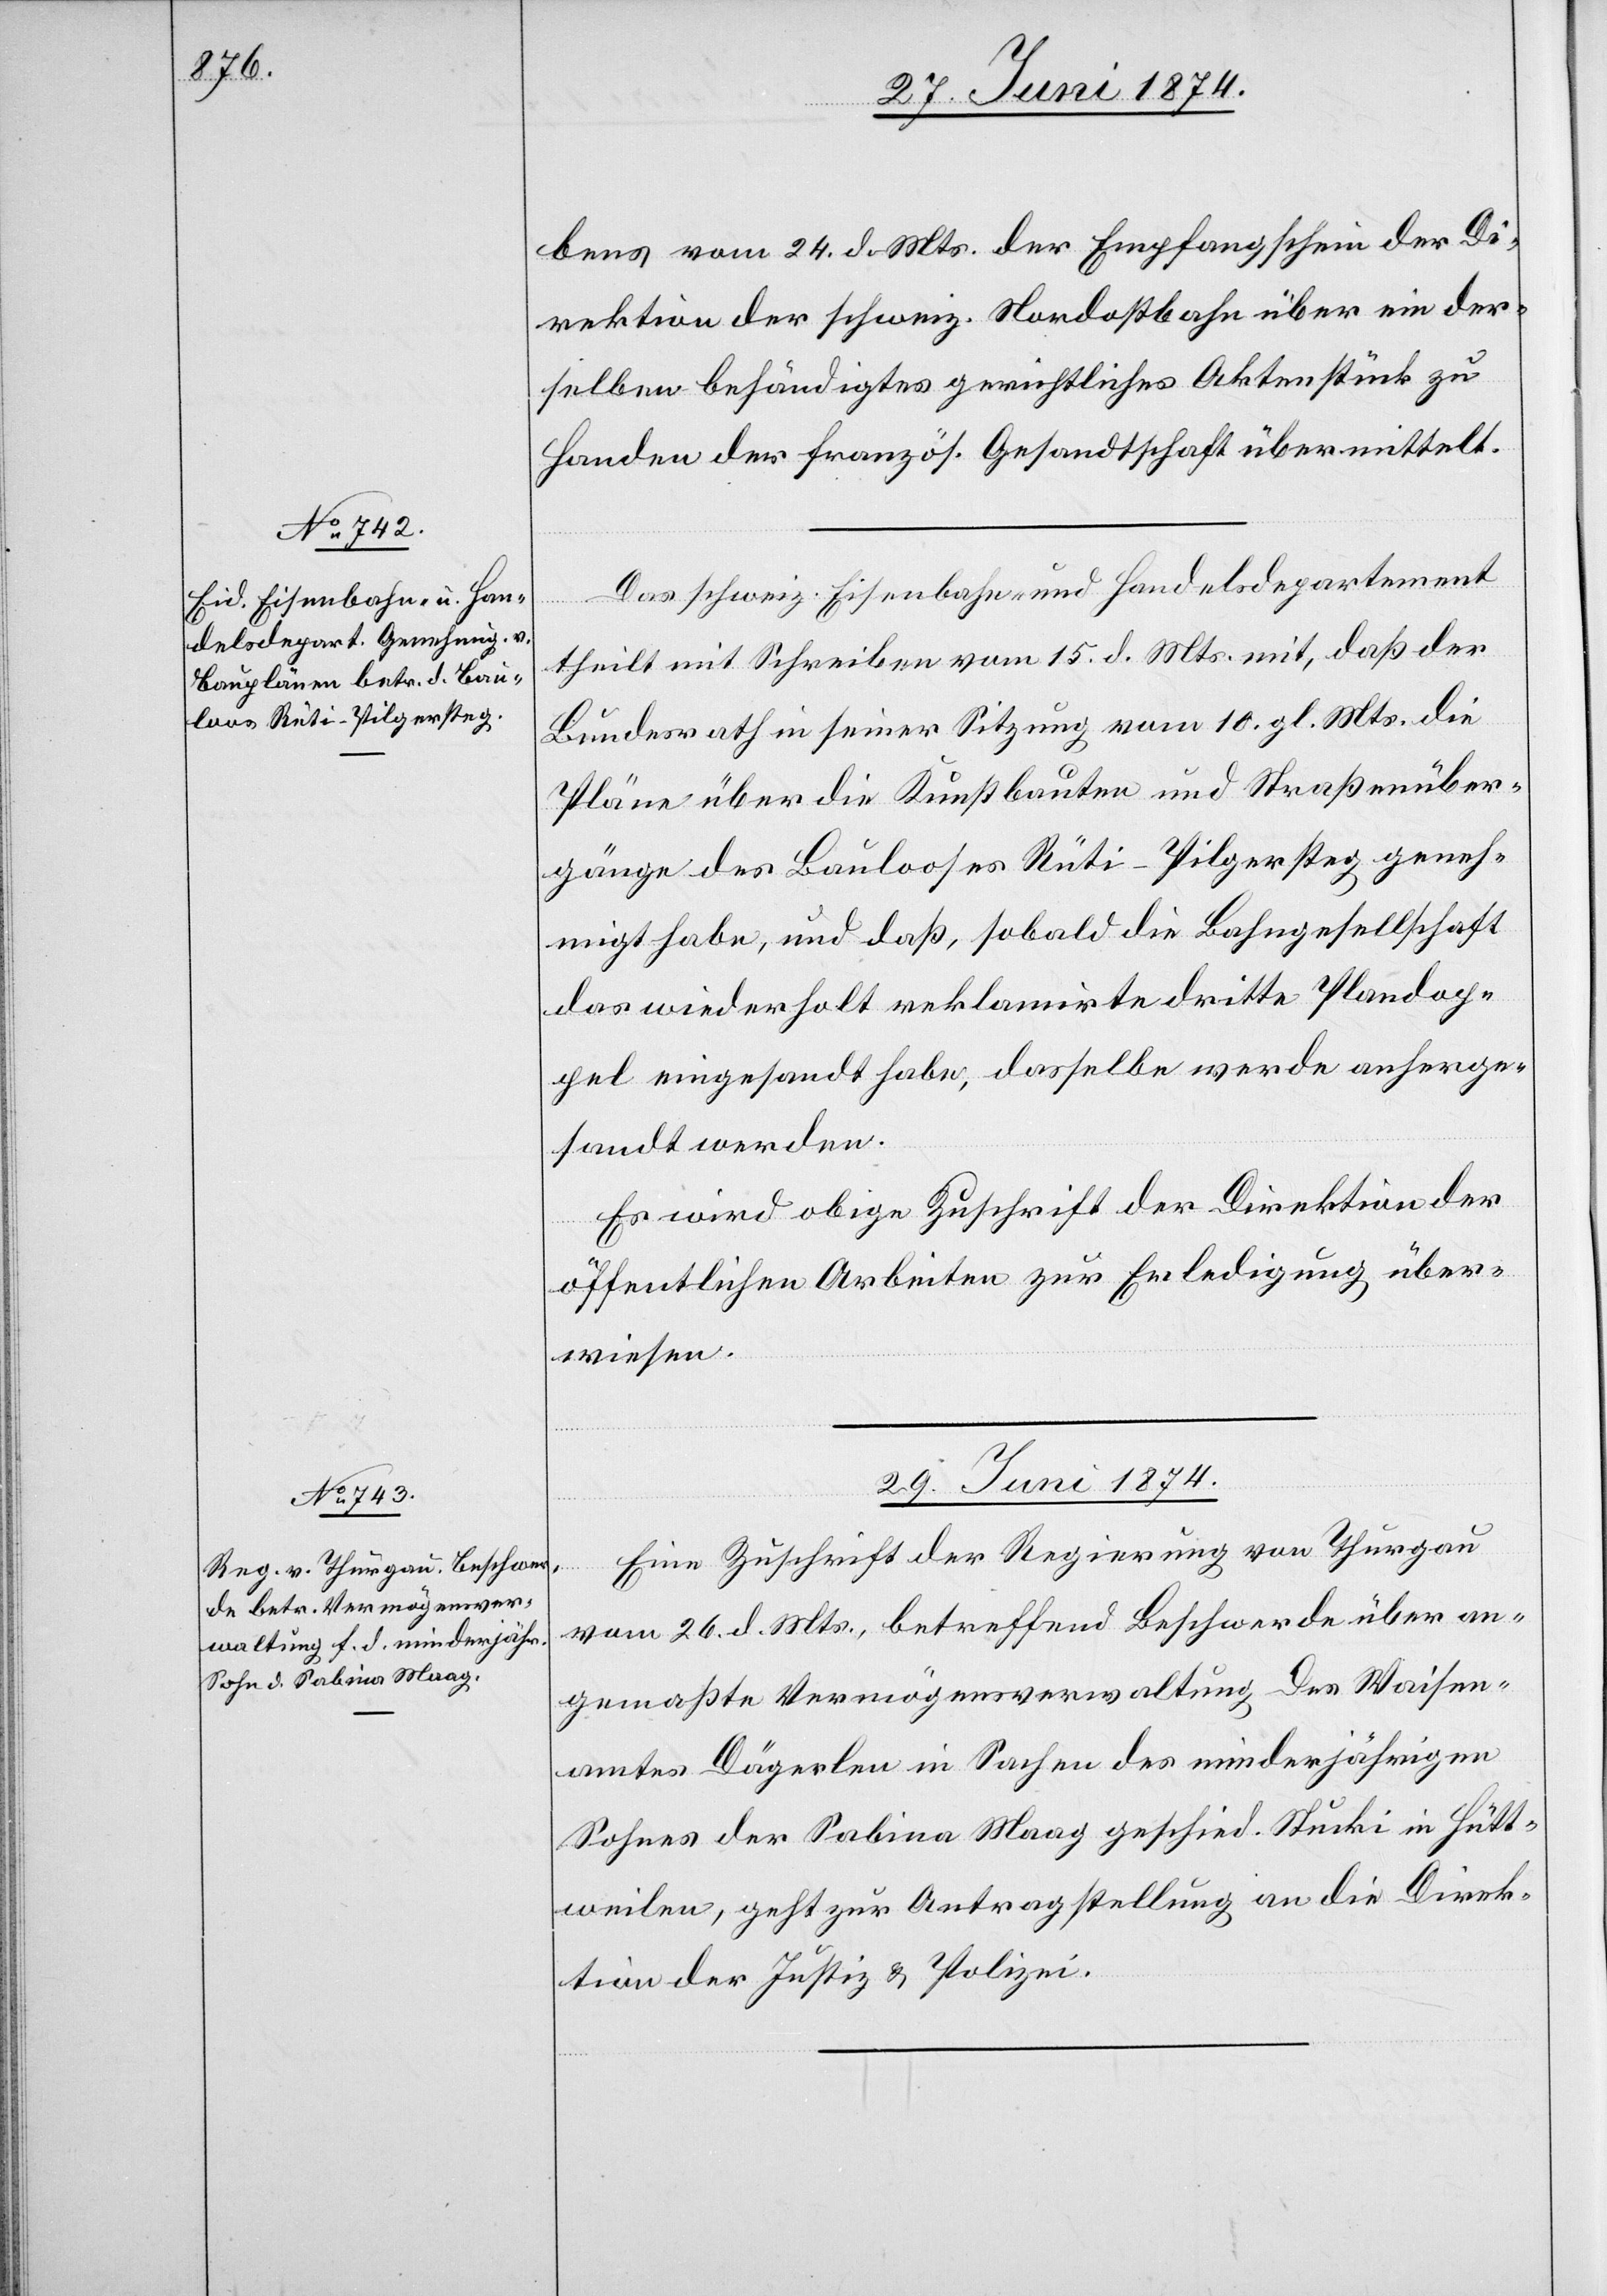
27. Juni 1874.]
bens vom 24. d. Mts. der Empfangschein der Di¬
rektion der schweiz. Nordostbahn über ein der¬
selben behändigtes gerichtliches Aktenstück zu
Handen der französ. Gesandtschaft übermittelt.
Das schweiz. Eisenbahn- und Handelsdepartement
theilt mit Schreiben vom 15. d. Mts. mit, daß der
Bundesrath in seiner Sitzung vom 10. gl. Mts. die
Pläne über die Kunstbauten und Straßenüber¬
gänge des Baulooses Rüti-Pilgersteg geneh¬
migt habe, und daß, sobald die Bahngesellschaft
das wiederholt reklamirte dritte Plandop¬
pel eingesandt habe, dasselbe werde anherge¬
sandt werden.
Es wird obige Zuschrift der Direktion der
öffentlichen Arbeiten zur Erledigung über¬
wiesen.
29. Juni 1874.
Eine Zuschrift der Regierung von Thurgau
vom 26. d. Mts., betreffend Beschwerde über an¬
gemaßte Vermögensverwaltung des Waisen¬
amtes Dägerlen in Sachen des minderjährigen
Sohnes der Sabina Maag geschied. Stucki in Hütt¬
weilen, geht zur Antragstellung an die Direk¬
tion der Justiz u. Polizei.